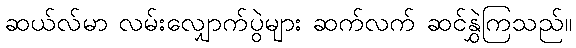
ဆယ်လ်မာ လမ်းလျှောက်ပွဲများ ဆက်လက် ဆင်နွှဲကြသည်။